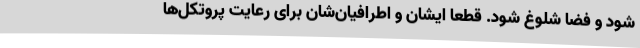
شود و فضا شلوغ شود. قطعاً ایشان و اطرافیان‌شان برای رعایت پروتکل‌ها